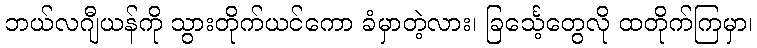
ဘယ်လဂျီယန်ကို သွားတိုက်ယင်ကော ခံမှာတဲ့လား၊ ခြင်္သေ့တွေလို ထတိုက်ကြမှာ၊